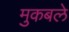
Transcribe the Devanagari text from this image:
मुकबले